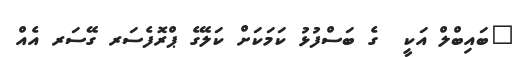
"ބައިބްލް އަކީ  ގެ ބަސްފުޅު ކަމަކަށް ކަލޭގެ ޕްރޮފެސަރ ގޭސަރ އެއް